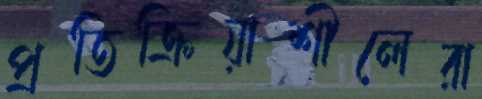
প্রতিক্রিয়াশীলেরা